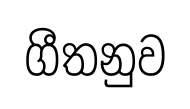
ගීතනුව